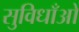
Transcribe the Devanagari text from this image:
सुविधाँओ